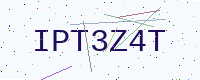
Text: IPT3Z4T